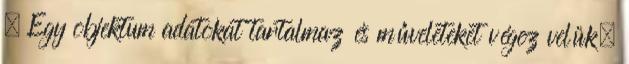
. Egy objektum adatokat tartalmaz és műveleteket végez velük.